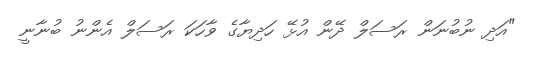
"އަދި ނުބުނަން ރަސަލް ދޭން އުޅޭ ހަދިޔާގެ ވާހަކަ ރަސަލް އެންނު ބުނާނީ